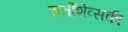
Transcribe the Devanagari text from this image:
चर्नीशेव्सकी